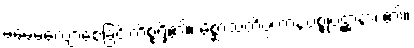
မမေ့မလျော့စေခြင်းကိစ္စရှိ၏။ မိစ္ဆာသတိပ္ပဟာနပစ္စုပဋ္ဌာနာ၊ ၏။